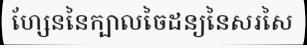
ហ្សែននៃក្បាលចៃដន្យនៃសរសៃ